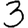
Digit: 3